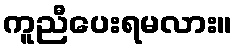
ကူညီပေးရမလား။